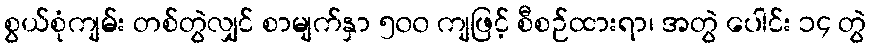
စွယ်စုံကျမ်း တစ်တွဲလျှင် စာမျက်နှာ ၅၀၀ ကျဖြင့် စီစဉ်ထားရာ၊ အတွဲ ပေါင်း ၁၄ တွဲ